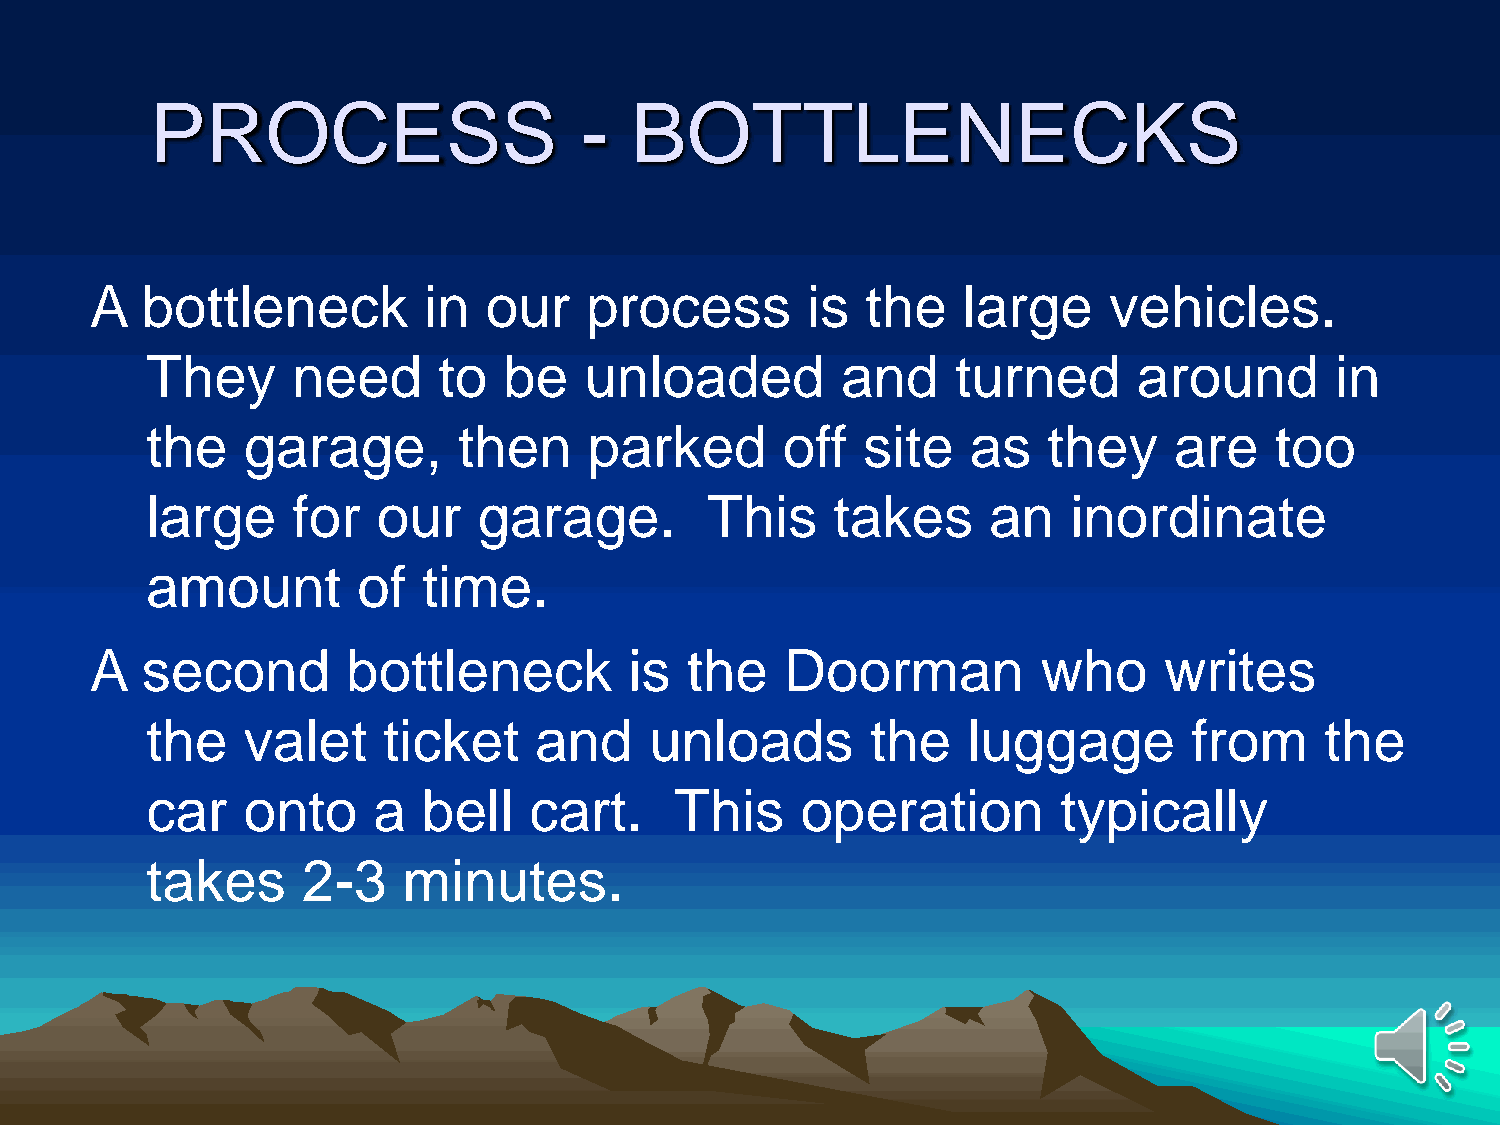
PROCESS                     -   BOTTLENECKS
 A  bottleneck         in  our    process       is  the    large    vehicles.
 They     need      to  be    unloaded         and    turned      around       in
 the   garage,       then     parked       off  site   as   they     are   too
 large    for   our    garage.        This    takes     an    inordinate
 amount        of  time.
 A  second        bottleneck         is the    Doorman          who     writes
 the   valet    ticket    and     unloads        the   luggage        from     the
 car   onto     a  bell   cart.     This    operation        typically
 takes     2-3    minutes.